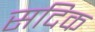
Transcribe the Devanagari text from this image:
सदिक